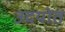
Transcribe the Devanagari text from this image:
उदयोत